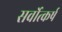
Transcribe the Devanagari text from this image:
सर्वोत्कर्ष